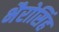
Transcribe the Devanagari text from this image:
भैरोसिंह